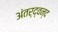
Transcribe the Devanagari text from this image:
अंतर्द्वन्द